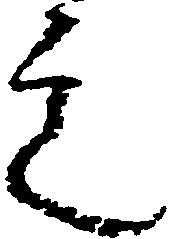
之